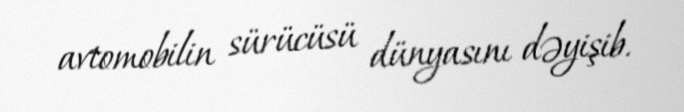
avtomobilin sürücüsü dünyasını dəyişib.